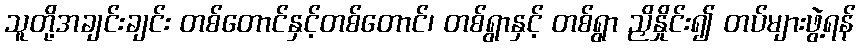
သူတို့အချင်းချင်း တစ်တောင်နှင့်တစ်တောင်၊ တစ်ရွာနှင့် တစ်ရွာ ညှိနှိုင်း၍ တပ်များဖွဲ့ရန်